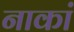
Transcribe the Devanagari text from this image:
नाकां